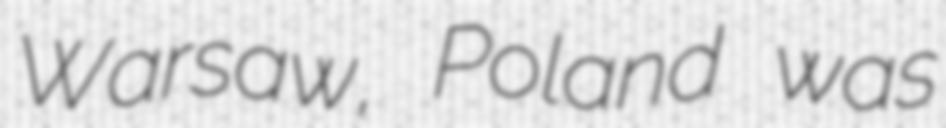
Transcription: Warsaw, Poland was